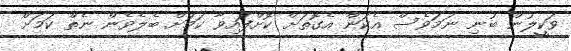
ވަކީލުން ބުނި ނަމަވެސް އެކަން އެގޮތަށް ކޮށްފައިވާ ކަމަށް ބެލެވެން ނެތް ކަމަށް